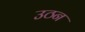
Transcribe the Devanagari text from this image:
उठन